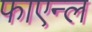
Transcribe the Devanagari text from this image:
फाएन्ल